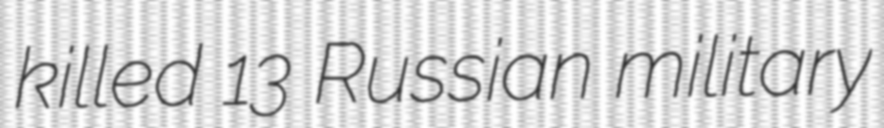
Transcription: killed 13 Russian military